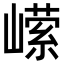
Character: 𭗗